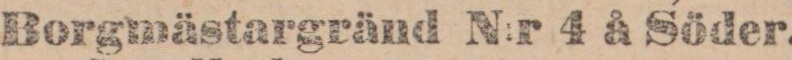
Borgmästargränd N:r 4 å Söder.